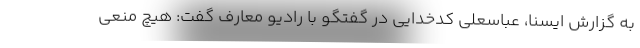
به گزارش ایسنا، عباسعلی کدخدایی در گفتگو با رادیو معارف گفت: هیچ منعی